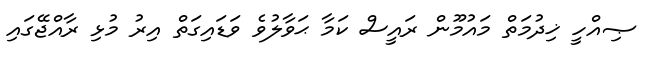
ޞިއްހީ ޚިދުމަތް މައުމޫން ރައީސް ކަމާ ޙަވާލުވެ ވަޑައިގަތް އިރު މުޅި ރާއްޖޭގައި